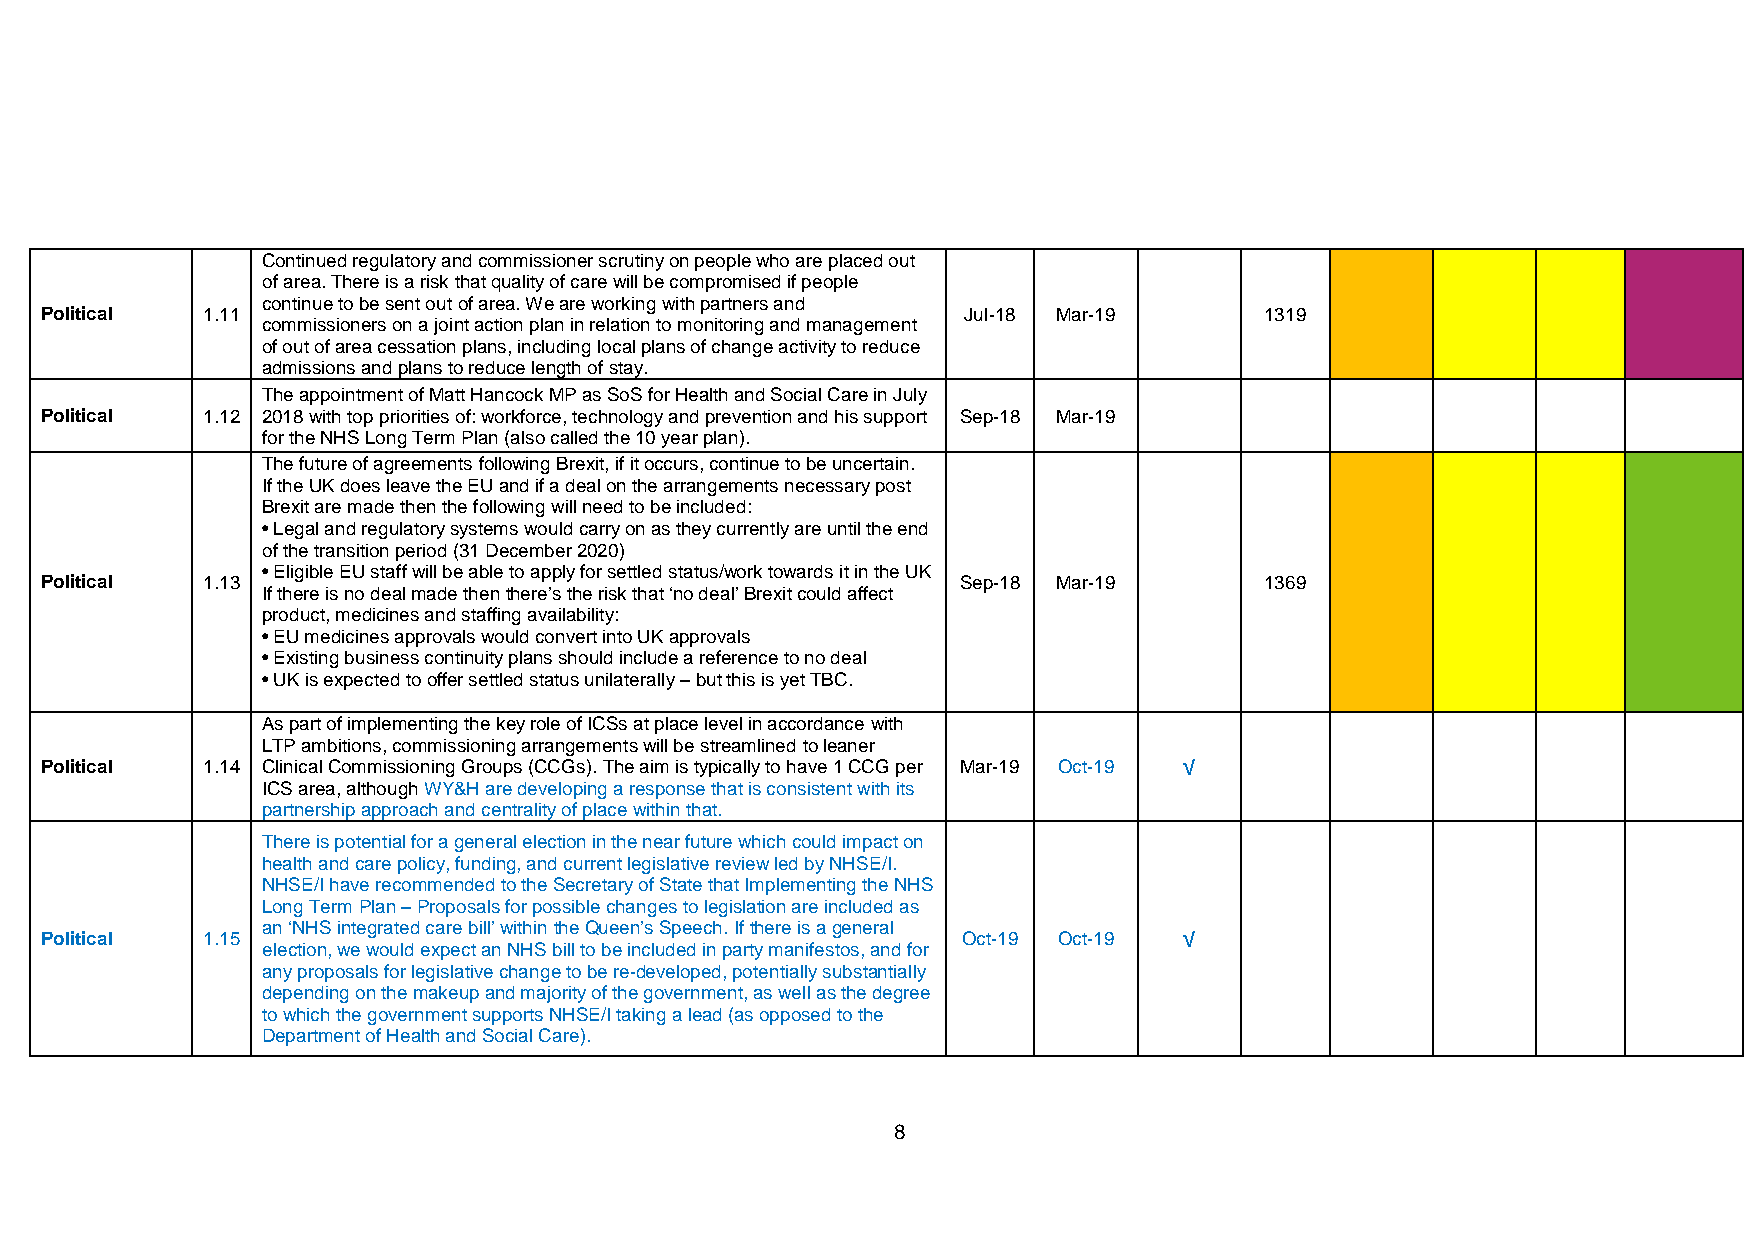
Continued regulatory and commissioner scrutiny on people who are placed out
 of area. There is a risk that quality of care will be compromised if people
 Political 1.11
 continue to be sent out of area. We are working with partners and
 Jul-18 Mar-19       1319
 commissioners on a joint action plan in relation to monitoring and management
 of out of area cessation plans, including local plans of change activity to reduce
 admissions and plans to reduce length of stay.
 The appointment of Matt Hancock MP as SoS for Health and Social Care in July
 Political 1.12 2018 with top priorities of: workforce, technology and prevention and his support Sep-18 Mar-19
 for the NHS Long Term Plan (also called the 10 year plan).
 The future of agreements following Brexit, if it occurs, continue to be uncertain.
 If the UK does leave the EU and if a deal on the arrangements necessary post
 Brexit are made then the following will need to be included:
 • Legal and regulatory systems would carry on as they currently are until the end
 of the transition period (31 December 2020)
 Political 1.13
 • Eligible EU staff will be able to apply for settled status/work towards it in the UK
 Sep-18 Mar-19        1369
 If there is no deal made then there’s the risk that ‘no deal’ Brexit could affect
 product, medicines and staffing availability:
 • EU medicines approvals would convert into UK approvals
 • Existing business continuity plans should include a reference to no deal
 • UK is expected to offer settled status unilaterally – but this is yet TBC.
 As part of implementing the key role of ICSs at place level in accordance with
 LTP ambitions, commissioning arrangements will be streamlined to leaner
 Political 1.14 Clinical Commissioning Groups (CCGs). The aim is typically to have 1 CCG per Mar-19 Oct-19 √
 ICS area, although WY&H are developing a response that is consistent with its
 partnership approach and centrality of place within that.
 There is potential for a general election in the near future which could impact on
 health and care policy, funding, and current legislative review led by NHSE/I.
 NHSE/I have recommended to the Secretary of State that Implementing the NHS
 Long Term Plan – Proposals for possible changes to legislation are included as
 an ‘NHS integrated care bill’ within the Queen’s Speech. If there is a general
 Political 1.15                                               Oct-19 Oct-19 √
 election, we would expect an NHS bill to be included in party manifestos, and for
 any proposals for legislative change to be re-developed, potentially substantially
 depending on the makeup and majority of the government, as well as the degree
 to which the government supports NHSE/I taking a lead (as opposed to the
 Department of Health and Social Care).
 8